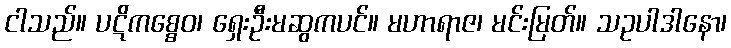
ငါသည်။ ပဋိကစ္စေဝ၊ ရှေးဦးမဆွကပင်။ မဟာရာဇ၊ မင်းမြတ်။ သဥပါဒါနော၊